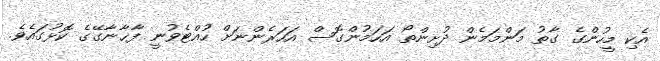
އެކި މީހުންގެ ގާތު މަންމަމެން ދުށިންތޯ އަހަމުންގޮސް އަހަރެންނަށް ހުއްޓެވުނީ ފާޚާނާގޭގެ ކޮޅުގައެވެ.